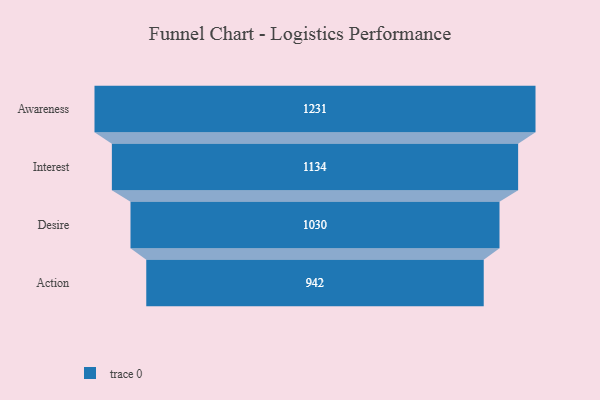
{"axis": {"x": "Stage", "y": "Value"}, "legend": [""], "data": [{"x": "Awareness", "y": 1231.0, "type": ""}, {"x": "Interest", "y": 1134.0, "type": ""}, {"x": "Desire", "y": 1030.0, "type": ""}, {"x": "Action", "y": 942.0, "type": ""}]}